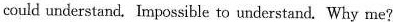
could understand. Impossible to understand. Why mei?